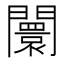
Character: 闤